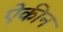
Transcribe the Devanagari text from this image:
ऐकीन